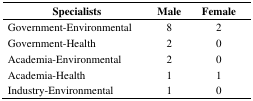
| Specialists | Male | Female |
 | --- | --- | --- |
 | Government-Environmental | 8 | 2 |
 | Government-Health | 2 | 0 |
 | Academia-Environmental | 2 | 0 |
 | Academia-Health | 1 | 1 |
 | Industry-Environmental | 1 | 0 |